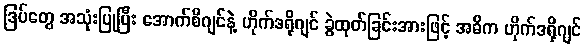
ဒြပ်တွေ အသုံးပြုပြီး အောက်စီဂျင်နဲ့ ဟိုက်ဒရိုဂျင် ခွဲထုတ်ခြင်းအားဖြင့် အဓိက ဟိုက်ဒရိုဂျင်